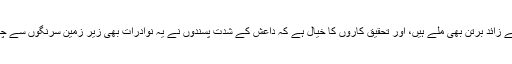
موصل کے ایک گھر سے قدیم دور کے 100 سے زائد برتن بھی ملے ہیں، اور تحقیق کاروں کا خیال ہے کہ داعش کے شدت پسندوں نے یہ نوادرات بھی زیر زمین سرنگوں سے چرائے اور غالباً انہیں بیچنے کی کوشش میں تھے۔